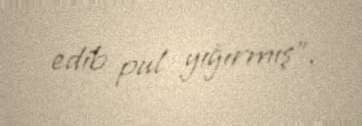
edib pul yığırmış”.